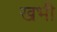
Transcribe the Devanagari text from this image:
खभी